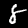
Label: 8